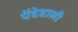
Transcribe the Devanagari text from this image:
पेंदेवाली